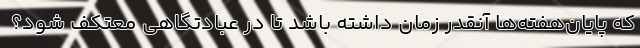
که پایان‌هفته‌ها آنقدر زمان داشته باشد تا در عبادتگاهی معتکف شود؟